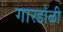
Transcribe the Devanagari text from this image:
गारडोळी